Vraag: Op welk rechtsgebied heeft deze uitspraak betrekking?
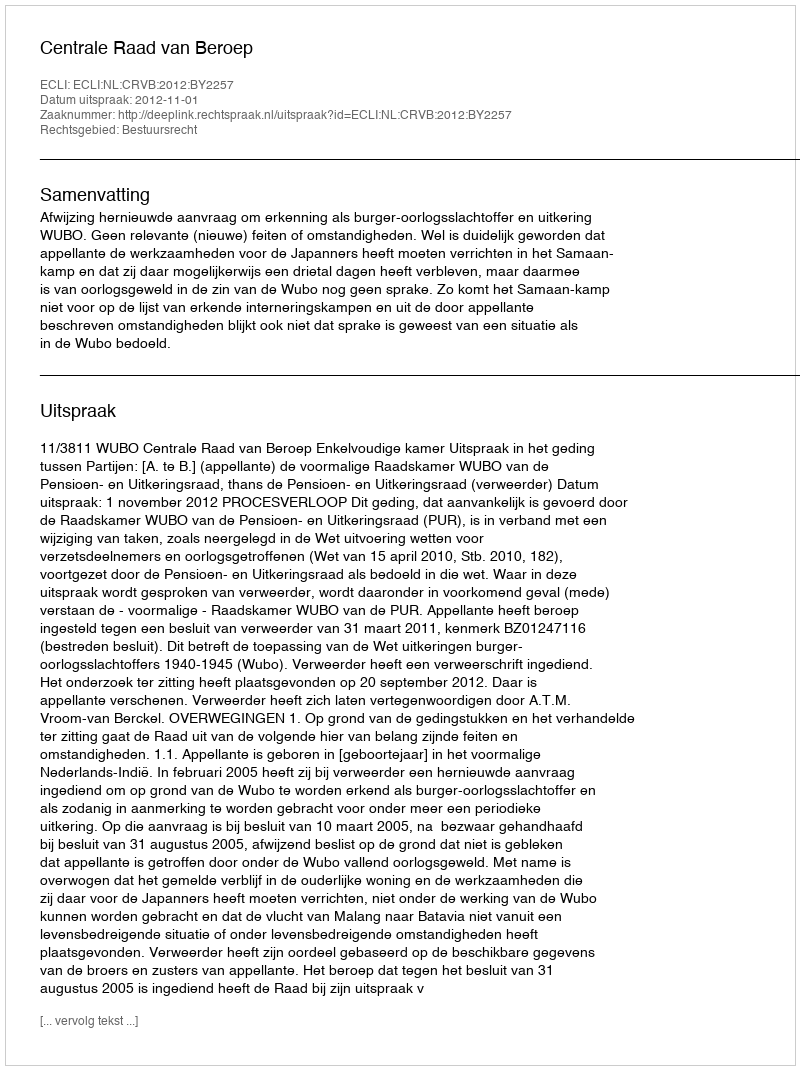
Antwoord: Bestuursrecht